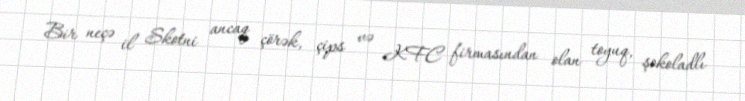
Bir neçə il Skotni ancaq çörək, çips və KFC firmasından olan toyuq, şokoladlı